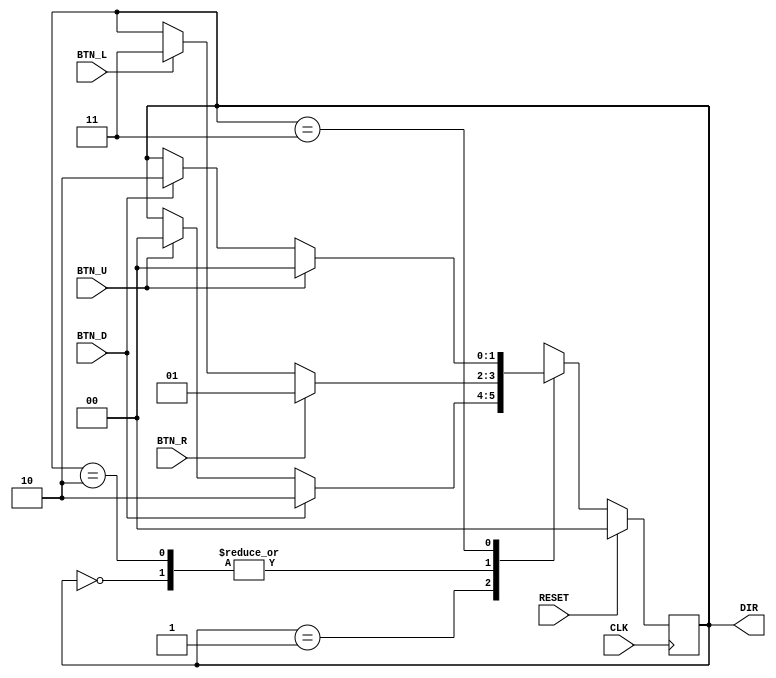
`timescale 1ns / 1ps
//////////////////////////////////////////////////////////////////////////////////
// Company: 
// Engineer: 
// 
// Design Name: 
// Module Name: Navigation
// Project Name: 
// Target Devices: 
// Tool Versions: 
// Description: 
// 
// Dependencies: 
// 
// Revision:
// Revision 0.01 - File Created
// Additional Comments:
// 
//////////////////////////////////////////////////////////////////////////////////


module Navigation(
    input RESET,
    input CLK,
    input BTN_R,
    input BTN_L,
    input BTN_U,
    input BTN_D,
    output [1:0] DIR
    );
    
    reg [1:0] curr_state;
    reg [1:0] next_state;
    
    // Update state at every risign clock edge
    always@(posedge CLK) begin
        if (RESET)
            curr_state <= 2'b00;
        else
            curr_state <= next_state;
    end
    
    //Combinational logic
    always@(curr_state or BTN_L or BTN_R or BTN_U or BTN_D) begin
        case (curr_state)
            
            2'b00: begin
                if (BTN_R)
                    next_state <= 2'b01;
                else if (BTN_L)
                    next_state <= 2'b11;
                else
                    next_state <= curr_state;
            end
            
            2'b01: begin
                if (BTN_D)
                    next_state <= 2'b10;
                else if (BTN_U)
                    next_state <= 2'b00;
                else
                    next_state <= curr_state;
            end
            
            2'b10: begin
                if (BTN_R)
                    next_state <= 2'b01;
                else if (BTN_L)
                    next_state <= 2'b11;
                else
                    next_state <= curr_state;
            end
            
            2'b11: begin
                if (BTN_U)
                    next_state <= 2'b00;
                else if (BTN_D)
                    next_state <= 2'b10;
                else
                    next_state <= curr_state;
            end
                 
        endcase
    end
    
    assign DIR = curr_state;
    
endmodule